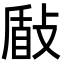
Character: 𭣽